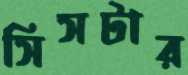
সিসটার